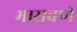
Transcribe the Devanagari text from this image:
भासवणे